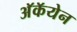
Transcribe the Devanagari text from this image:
अॅकॅयेन